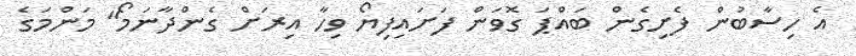
އެ ހިސާބުން ފެށިގެން ބައްޕަ ގޮވަން ފަށައިފިޔޯ ވިހާ އިރަށް ގެންދާނަމޯ" މަންމަގެ